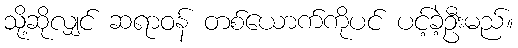
သို့ဆိုလျှင် ဆရာဝန် တစ်ယောက်ကိုပင် ပင့်ခဲ့ဦးမည်။